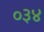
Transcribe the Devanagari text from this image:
०३४